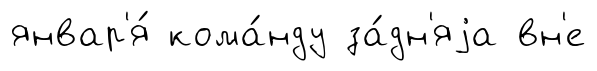
январ'я́ кома́нду за́дн'яjа вн'е